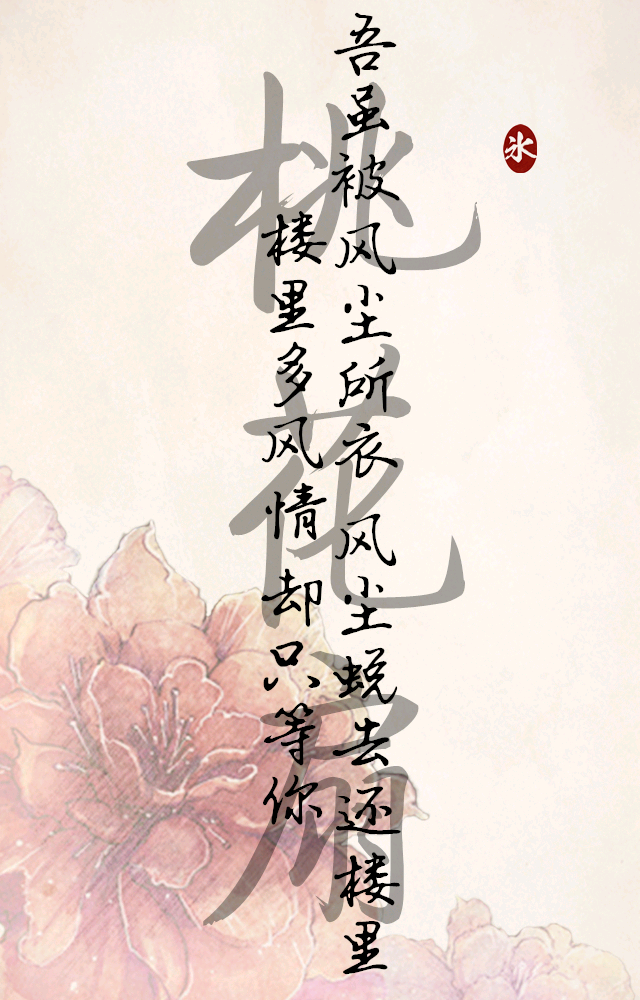
话别情多声欲战，玉著痕留红粉面。